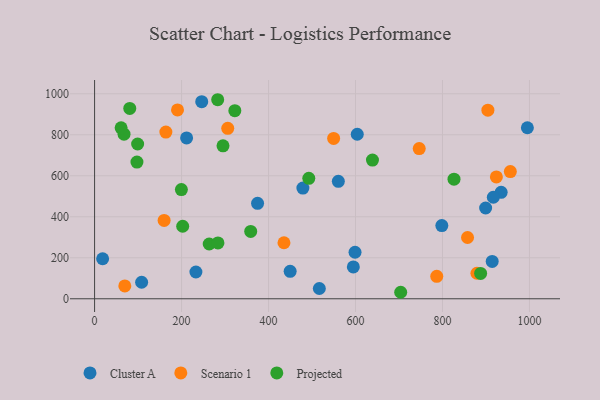
{"axis": {"x": "Ad Spend", "y": "Salary"}, "legend": ["Cluster A", "Projected", "Scenario 1"], "data": [{"x": "18.5", "y": 195.3, "type": "Cluster A"}, {"x": "914.3", "y": 182.4, "type": "Cluster A"}, {"x": "560.5", "y": 573.1, "type": "Cluster A"}, {"x": "604.0", "y": 802.5, "type": "Cluster A"}, {"x": "374.8", "y": 465.7, "type": "Cluster A"}, {"x": "595.0", "y": 155.4, "type": "Cluster A"}, {"x": "449.7", "y": 133.9, "type": "Cluster A"}, {"x": "108.2", "y": 80.6, "type": "Cluster A"}, {"x": "233.0", "y": 130.6, "type": "Cluster A"}, {"x": "934.9", "y": 519.2, "type": "Cluster A"}, {"x": "916.9", "y": 495.3, "type": "Cluster A"}, {"x": "211.6", "y": 784.7, "type": "Cluster A"}, {"x": "598.9", "y": 227.0, "type": "Cluster A"}, {"x": "479.0", "y": 539.9, "type": "Cluster A"}, {"x": "995.2", "y": 834.4, "type": "Cluster A"}, {"x": "798.5", "y": 357.3, "type": "Cluster A"}, {"x": "246.4", "y": 961.7, "type": "Cluster A"}, {"x": "516.8", "y": 50.1, "type": "Cluster A"}, {"x": "899.2", "y": 442.8, "type": "Cluster A"}, {"x": "786.8", "y": 109.4, "type": "Scenario 1"}, {"x": "923.9", "y": 594.4, "type": "Scenario 1"}, {"x": "956.0", "y": 620.7, "type": "Scenario 1"}, {"x": "746.5", "y": 732.8, "type": "Scenario 1"}, {"x": "549.7", "y": 782.3, "type": "Scenario 1"}, {"x": "904.4", "y": 920.0, "type": "Scenario 1"}, {"x": "163.9", "y": 813.1, "type": "Scenario 1"}, {"x": "69.5", "y": 62.9, "type": "Scenario 1"}, {"x": "306.2", "y": 831.6, "type": "Scenario 1"}, {"x": "879.2", "y": 124.6, "type": "Scenario 1"}, {"x": "857.6", "y": 299.0, "type": "Scenario 1"}, {"x": "159.9", "y": 382.3, "type": "Scenario 1"}, {"x": "190.7", "y": 921.3, "type": "Scenario 1"}, {"x": "435.5", "y": 273.2, "type": "Scenario 1"}, {"x": "199.6", "y": 532.7, "type": "Projected"}, {"x": "295.3", "y": 746.2, "type": "Projected"}, {"x": "202.6", "y": 353.7, "type": "Projected"}, {"x": "99.0", "y": 755.1, "type": "Projected"}, {"x": "359.0", "y": 328.3, "type": "Projected"}, {"x": "67.7", "y": 802.8, "type": "Projected"}, {"x": "283.1", "y": 971.0, "type": "Projected"}, {"x": "322.5", "y": 917.4, "type": "Projected"}, {"x": "97.4", "y": 666.8, "type": "Projected"}, {"x": "826.5", "y": 583.6, "type": "Projected"}, {"x": "639.0", "y": 676.7, "type": "Projected"}, {"x": "61.0", "y": 833.7, "type": "Projected"}, {"x": "703.9", "y": 31.7, "type": "Projected"}, {"x": "887.7", "y": 123.8, "type": "Projected"}, {"x": "80.9", "y": 928.8, "type": "Projected"}, {"x": "263.6", "y": 267.1, "type": "Projected"}, {"x": "492.6", "y": 587.8, "type": "Projected"}, {"x": "283.7", "y": 272.5, "type": "Projected"}]}